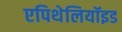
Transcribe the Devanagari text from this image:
एपिथेलियॉइड